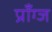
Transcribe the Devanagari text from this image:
प्राँग्ज